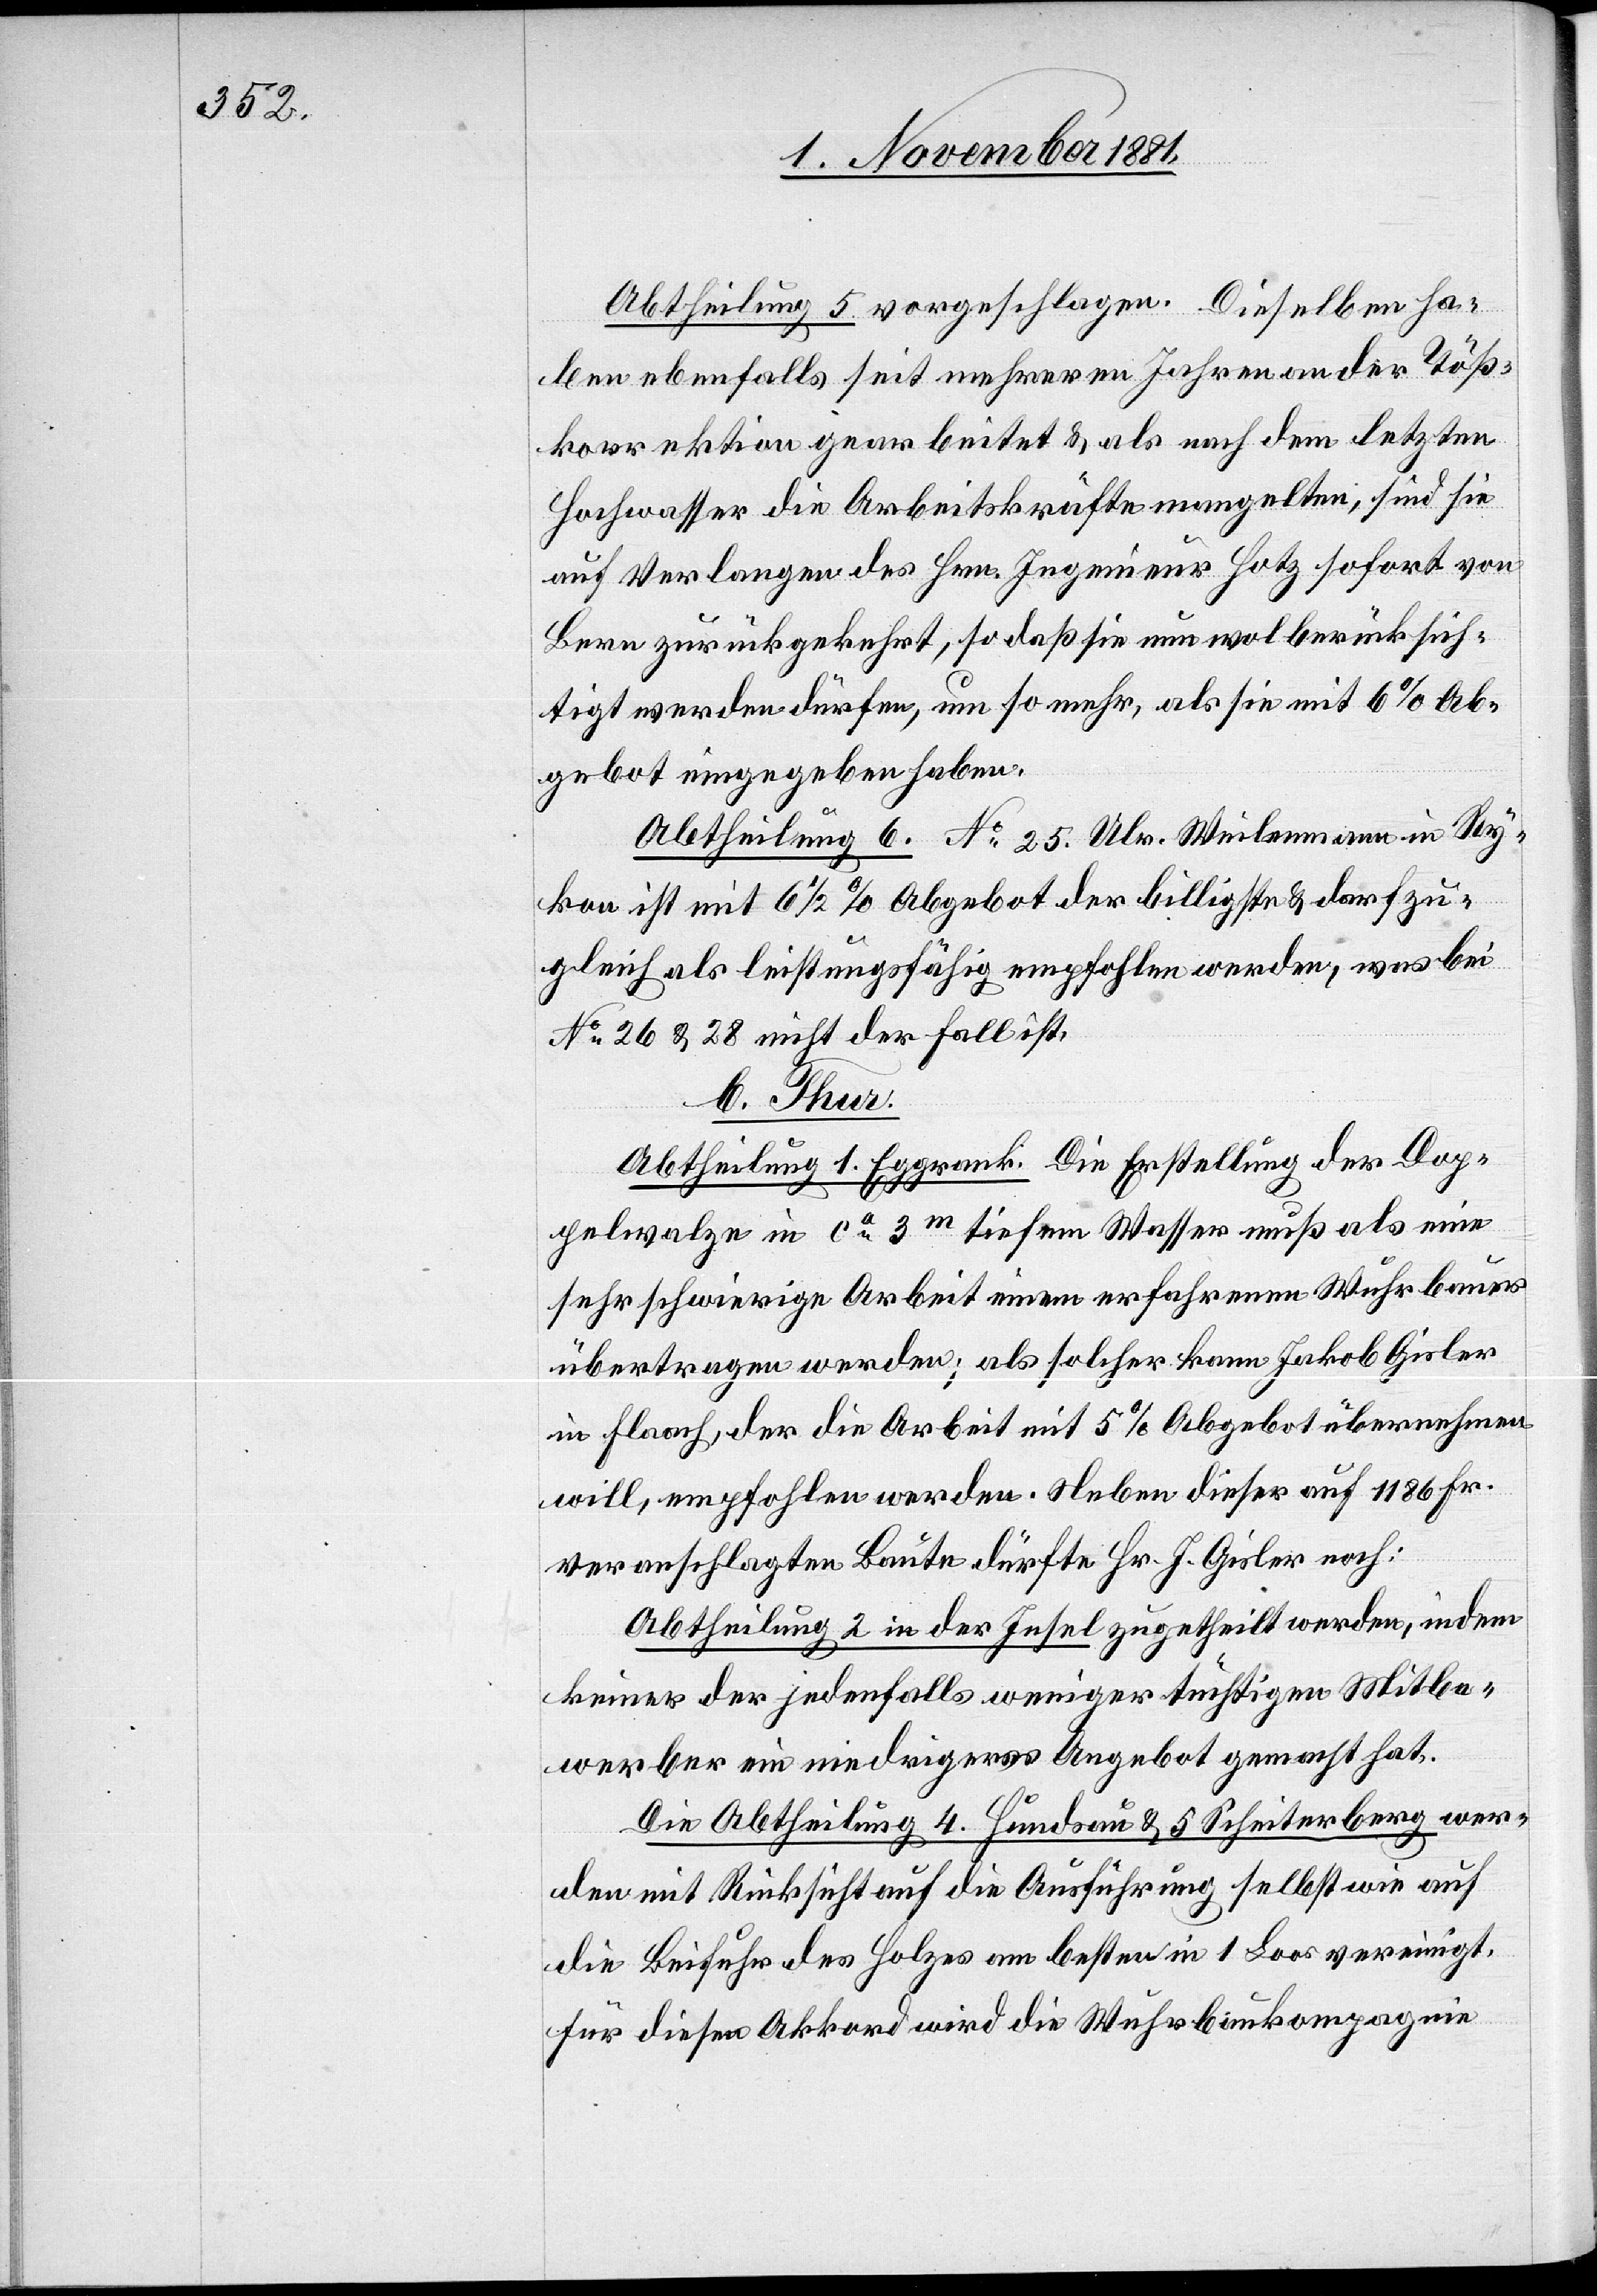
Abtheilung 5 vorgeschlagen. Dieselben ha¬
ben ebenfalls seit mehreren Jahren an der Töß¬
korrektion gearbeitet & als nach dem letzten
Hochwasser die Arbeitskräfte mangelten, sind sie
auf Verlangen des Hrn. Ingenieur Hotz sofort von
Bern zurückgekehrt, so daß sie nun wol berücksich¬
tigt werden dürfen, um so mehr, als sie mit 6% Ab¬
gebot eingegeben haben.
Abtheilung 6. No 25 Ulr. Weilenmann in Ry¬
kon ist mit 6 1/2% Abgebot der billigste & darf zu¬
gleich als leistungsfähig empfohlen werden, was bei
No 26 & 28 nicht der Fall ist.
b. Thur.
Abtheilung 1. Eggrank: Die Erstellung der Dop¬
pelwalze in ca 3m tiefem Wasser muß als eine
sehr schwierige Arbeit einem erfahrenen Wuhrbauer
übertragen werden; als solcher kann Jakob Gisler
in Flaach, der die Arbeit mit 5% Abgebot übernehmen
will, empfohlen werden. Neben dieser auf 1186 Fr.
veranschlagten Baute dürfte Hr. J. Gisler noch:
Abtheilung 2 in der Insel zugetheilt werden, indem
keiner der jedenfalls weniger tüchtigen Mitbe¬
werber ein niedrigeres Angebot gemacht hat.
Die Abtheilung 4. Hundsau & 5 Scheiterberg wer¬
den mit Rücksicht auf die Ausführung selbst wie auf
die Beifuhr des Holzes am besten in 1 Loos vereinigt.
Für diesen Akkord wird die Wuhrbaukompagnie